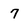
Character: 7